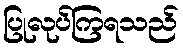
ပြုလုပ်ကြရသည်